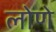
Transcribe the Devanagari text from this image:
लोणे